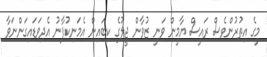
މީގެ އިތުރުންވެސް ރައީސް ޔާމީން ވަނީ ޒުވާން ޖީލުގެ ކިބައިން އެމަނިކުފާނު އެދިވަޑައިގަންނަވާ